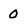
Character: 0